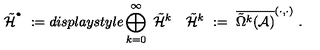
\tilde { { \mathcal H } } ^ { ^ { \bullet } } \ : = d i s p l a y s t y l e \bigoplus _ { k = 0 } ^ { \infty } \ \tilde { { \mathcal H } } ^ { k } \quad \tilde { { \mathcal H } } ^ { k } \ : = \ \overline { { \tilde { \Omega } ^ { k } ( { \mathcal A } ) } } ^ { ( \cdot , \cdot ) } \ .